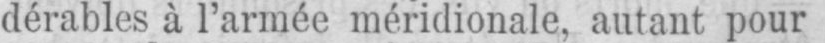
dérables à l’armée méridionale, autant pour